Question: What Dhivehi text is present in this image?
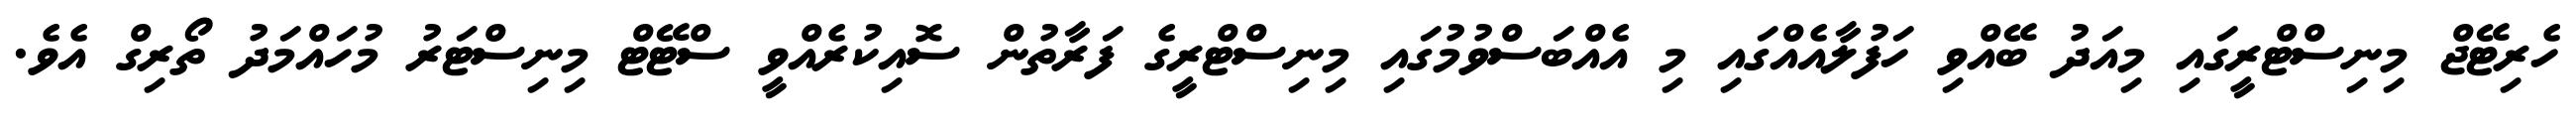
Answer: ހެރިޓޭޖް މިނިސްޓްރީގައި މިއަދު ބޭއްވި ހަފުލާއެއްގައި މި އެއްބަސްވުމުގައި މިނިސްޓްރީގެ ފަރާތުން ސޮއިކުރެއްވީ ސްޓޭޓް މިނިސްޓަރު މުހައްމަދު ތޯރިގް އެވެ.